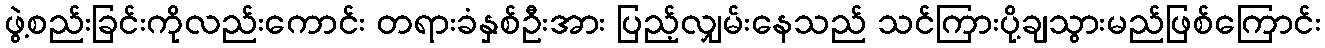
ဖွဲ့စည်းခြင်းကိုလည်းကောင်း တရားခံနှစ်ဦးအား ပြည့်လျှမ်းနေသည် သင်ကြားပို့ချသွားမည်ဖြစ်ကြောင်း